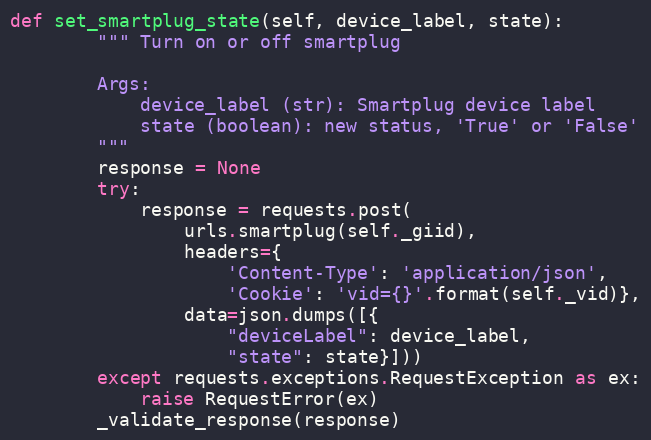
Language: Python
def set_smartplug_state(self, device_label, state):
        """ Turn on or off smartplug

        Args:
            device_label (str): Smartplug device label
            state (boolean): new status, 'True' or 'False'
        """
        response = None
        try:
            response = requests.post(
                urls.smartplug(self._giid),
                headers={
                    'Content-Type': 'application/json',
                    'Cookie': 'vid={}'.format(self._vid)},
                data=json.dumps([{
                    "deviceLabel": device_label,
                    "state": state}]))
        except requests.exceptions.RequestException as ex:
            raise RequestError(ex)
        _validate_response(response)